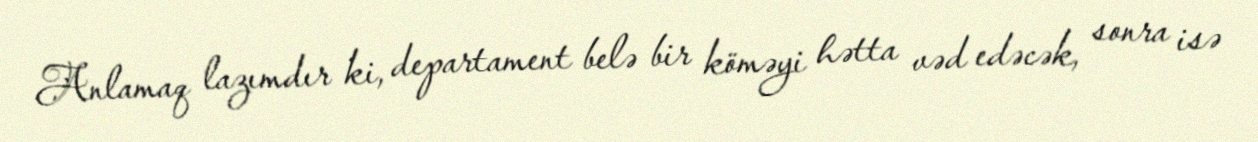
Anlamaq lazımdır ki, departament belə bir köməyi hətta vəd edəcək, sonra isə